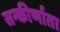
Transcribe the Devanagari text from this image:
सन्कीर्णाता